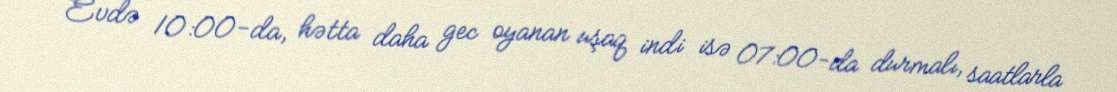
Evdə 10:00-da, hətta daha gec oyanan uşaq indi isə 07:00-da durmalı, saatlarla